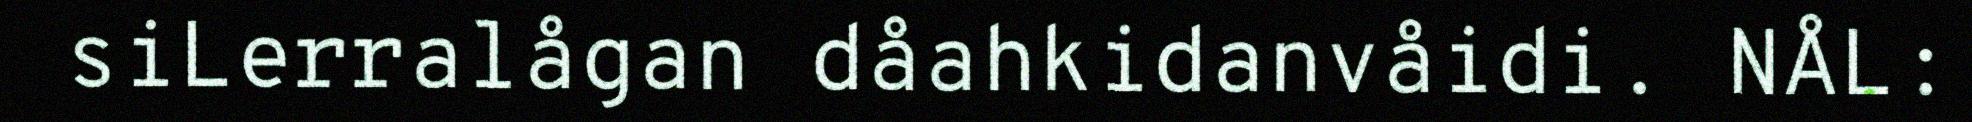
siLerralågan dåahkidanvåidi. NÅL: